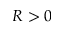
R > 0